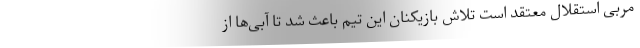
مربی استقلال معتقد است تلاش بازیکنان این تیم باعث شد تا آبی‌ها از